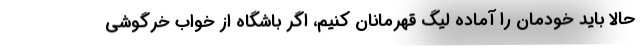
حالا باید خودمان را آماده لیگ قهرمانان کنیم، اگر باشگاه از خواب خرگوشی